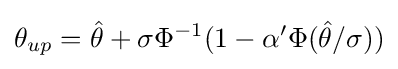
\theta _{up}={\hat {\theta }}+\sigma \Phi ^{-1}(1-\alpha '\Phi ({\hat {\theta }}/\sigma ))